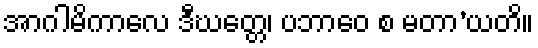
အာဂါမိကာလေ ဒီဃတ္တေ၊ ပဘာဝေ စ မတာ’ယတိ။